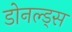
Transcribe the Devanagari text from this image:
डोनल्ड्स